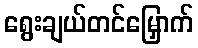
ရွေးချယ်တင်မြှောက်